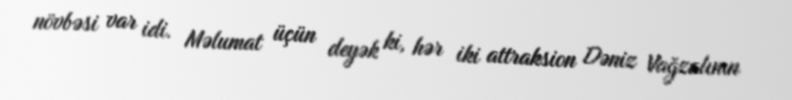
növbəsi var idi. Məlumat üçün deyək ki, hər iki attraksion Dəniz Vağzalının